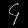
Digit: ၄